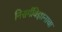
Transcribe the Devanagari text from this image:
निसर्गविज्ञानाचा